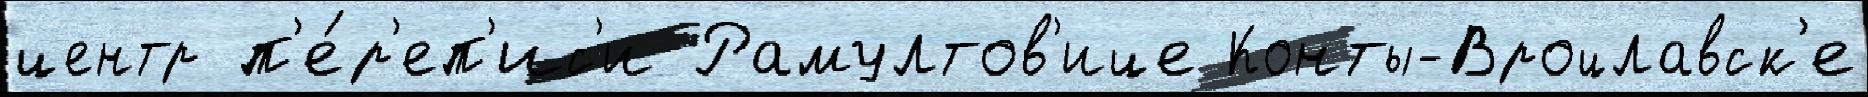
центр п'е́р'еп'ис'и Рамултов'ице Конты-Вроцлавск'е